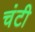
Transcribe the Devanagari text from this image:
चंटी